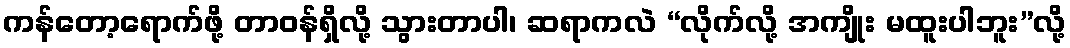
ကန်တော့ရောက်ဖို့ တာဝန်ရှိလို့ သွားတာပါ၊ ဆရာကလဲ “လိုက်လို့ အကျိုး မထူးပါဘူး”လို့